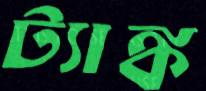
ট্যাঙ্ক